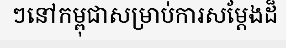
ៗនៅកម្ពុជាសម្រាប់ការសម្តែងដ៏